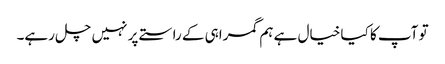
تو آپ کا کیا خیال ہے ہم گمراہی کے راستے پر نہیں چل رہے۔